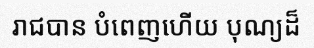
រាជបាន បំពេញហើយ បុណ្យដ៏